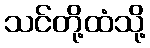
သင်တို့ထံသို့